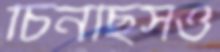
চিনছিসও